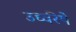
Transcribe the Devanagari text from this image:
उर्ध्वरेषे